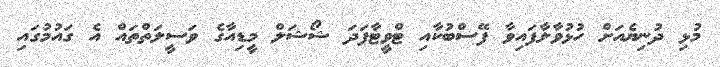
މުޅި ދުނިޔެއަށް ހުޅުވާލާފައިވާ ފޭސްބުކާއި ޓްވީޓާފަދަ ޝޯޝަލް މީޑިއާގެ ވަސީލަތްތައް އެ ގައުމުގައި